Calcutta medical institutions reports 1892-1900
Year: 1892
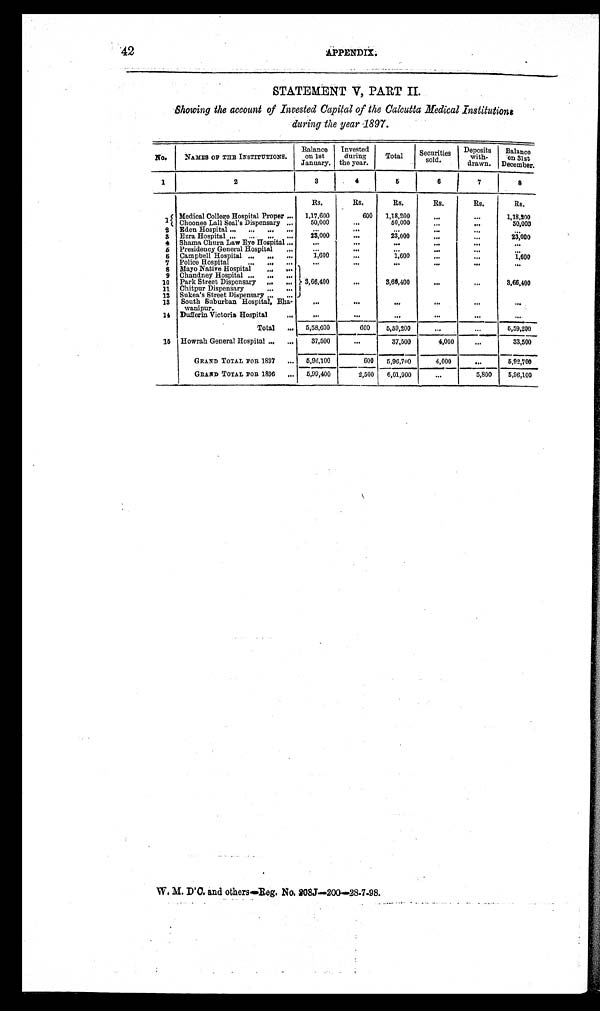
42
STATEMENT V, PART II.
Showing the account of Invested Capital of the Calcutta Medical Institutions
during the year 1897 .
No.
NAMES OF THE INSTITUTIONS.
Balance
on 1st
January.
Invested
during
the year.
Total
Securities
s o l d .
Deposits
with-
drawn.
Balance
on 31st
December.
1
2
3
4
5
6
7
8
Rs.
Rs.
Rs.
Rs.
Rs.
Rs.
1 Medical College Hospital Proper . . . 1,17,600
600
1,18,200
. . .
. . . 1,18,200
Choonee Lall Seal's Dispensary . . .
5 0 , 0 0 0 . . .
5 0 , 0 0 0
. . .
. . . 50,000
2 Eden Hospital . . .
. . .
. . .
. . .
. . .
. . .
. . .
23,000
3 Ezra Hospital . . .
. . . 23,000
. . .
. . . 23,000
4 Shama Churn Law Eye Hospital . . .
. . .
. . .
. . .
. . .
. . .
. . .
5 Presidency General Hospital . . .
. . .
. . .
. . .
. . .
. . .
. . .
1,600
6 Campbell Hospital . . .
. . .
1 6 , 0 0 0
. . .
. . . 1 6 , 0 0 0
7 Police Hospital . . .
. . .
. . .
. . .
. . .
. . .
. . .
8 Mayo Native Hospital . . .
3,66,400
. . . 3,66,400
. . .
. . . 3,66,400
9 Chandney Hospital . . .
10 Park Street Dispensary . . .
11 Chi t pur Di s pe ns a r y . . .
12 Sukea's Street Dispensary . . .
13 South Suburban Hospital, Bha-
wanipur.
. . .
. . .
. . .
. . .
. . .
. . .
14 Dufferin Victoria Hospital . . .
. . .
. . .
. . .
. . .
. . .
. . .
Total . . .
5,58,600
600
5,59,200
. . .
. . .
5,59,200
15 Howrah General Hospital . . .
37,500
. . . 37,500
4,000
. . .
33,500
GRAND TOTAL FOR 1897 . . .
5,96,100
600
5,96,700
4,000
. . . 5,92,700
GRAND TOTAL FOR 1896 . . .
5,99,400
2,500
6,01,900
. . .
5,800
5,96,100
W. M. D'C. and others—Reg. No. 208J—200—28-7-98.